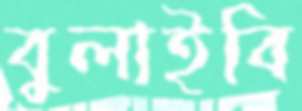
বুলাইবি